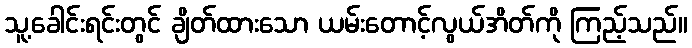
သူ့ခေါင်းရင်းတွင် ချိတ်ထားသော ယမ်းတောင့်လွယ်အိတ်ကို ကြည့်သည်။